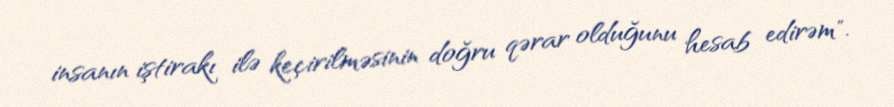
insanın iştirakı ilə keçirilməsinin doğru qərar olduğunu hesab edirəm".